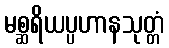
မစ္ဆရိယပ္ပဟာနသုတ္တံ